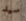
سيد